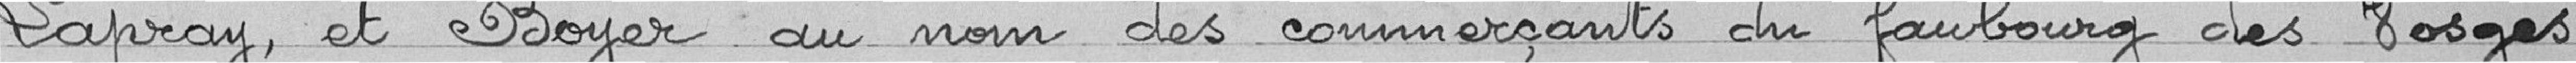
Lapray et Boyer au nom des commerçants du faubourg des Vosges